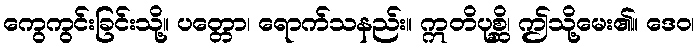
ကွေကွင်းခြင်းသို့။ ပတ္တော၊ ရောက်သနည်း။ ဣတိပုစ္ဆိ၊ ဤသို့မေး၏။ ဒေဝ၊